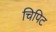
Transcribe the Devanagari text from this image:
चिपिट